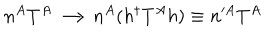
n ^ { A } T ^ { A } \longrightarrow n ^ { A } ( h ^ { \dagger } T ^ { A } h ) \equiv n ^ { \prime A } T ^ { A }